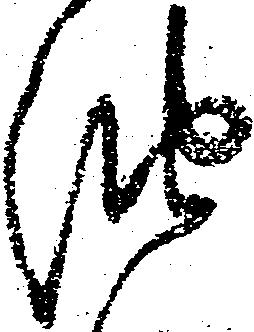
油